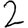
Digit: 2